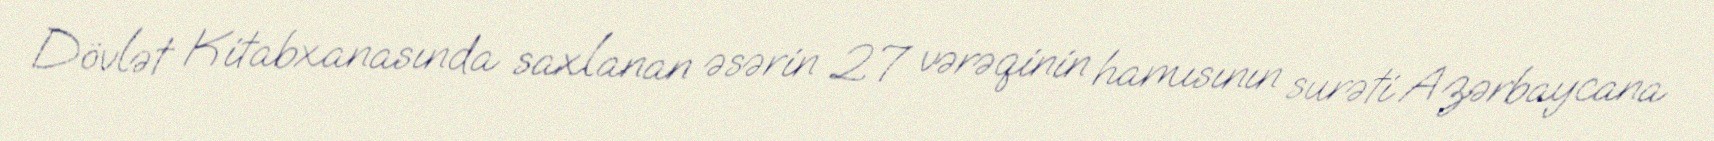
Dövlət Kitabxanasında saxlanan əsərin 27 vərəqinin hamısının surəti Azərbaycana